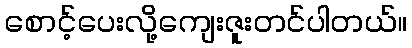
စောင့်ပေးလို့ကျေးဇူးတင်ပါတယ်။